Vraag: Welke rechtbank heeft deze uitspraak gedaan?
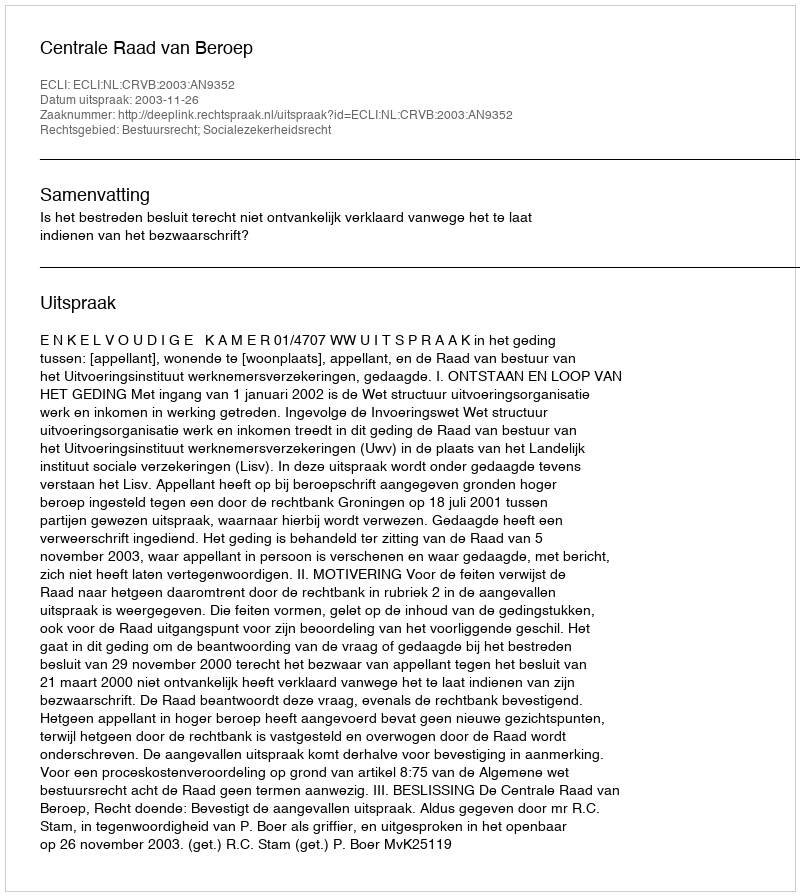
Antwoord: Centrale Raad van Beroep